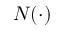
N ( \cdot )